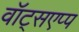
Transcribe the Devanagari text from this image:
वॉट्सएप्प